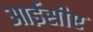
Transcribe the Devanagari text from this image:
आईसीए